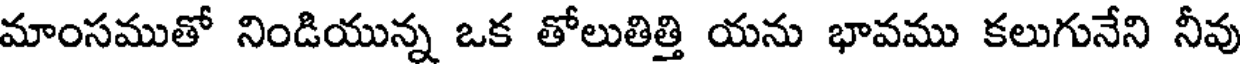
మాంసముతో నిండియున్న ఒక తోలుతిత్తి యను భావము కలుగునేని నీవు